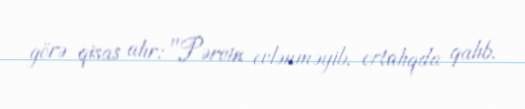
görə qisas alır: "Pərvin evlənməyib, ortalıqda qalıb.